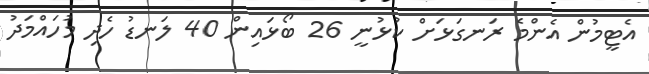
އެޓީމުން އެންމެ ރަނގަޅަށް ކުޅުނީ 26 ބޯޅައިން 40 ލަނޑު ހެދި މުހައްމަދު